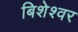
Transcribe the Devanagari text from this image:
बिशेश्वर